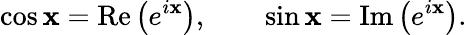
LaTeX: \cos\mathbf{x}=\operatorname{Re}\left(e^{i\mathbf{x}}\right),\qquad\sin\mathbf{x}=\operatorname{Im}\left(e^{i\mathbf{x}}\right).